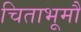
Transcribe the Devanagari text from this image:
चिताभूमौ